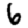
Digit: 6